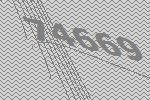
74669